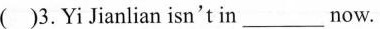
( )3.Yi Jianlian isn't in_now.